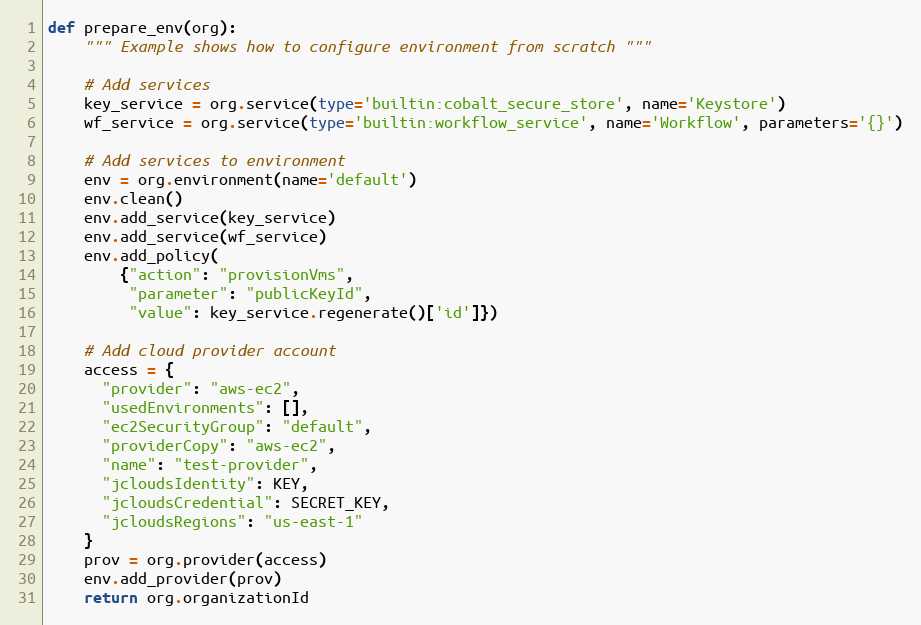
Language: Python
def prepare_env(org):
    """ Example shows how to configure environment from scratch """

    # Add services
    key_service = org.service(type='builtin:cobalt_secure_store', name='Keystore')
    wf_service = org.service(type='builtin:workflow_service', name='Workflow', parameters='{}')

    # Add services to environment
    env = org.environment(name='default')
    env.clean()
    env.add_service(key_service)
    env.add_service(wf_service)
    env.add_policy(
        {"action": "provisionVms",
         "parameter": "publicKeyId",
         "value": key_service.regenerate()['id']})

    # Add cloud provider account
    access = {
      "provider": "aws-ec2",
      "usedEnvironments": [],
      "ec2SecurityGroup": "default",
      "providerCopy": "aws-ec2",
      "name": "test-provider",
      "jcloudsIdentity": KEY,
      "jcloudsCredential": SECRET_KEY,
      "jcloudsRegions": "us-east-1"
    }
    prov = org.provider(access)
    env.add_provider(prov)
    return org.organizationId